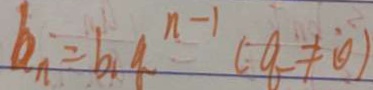
b _ { n } = b _ { 1 } q ^ { n - 1 } ( q \neq 0 )